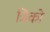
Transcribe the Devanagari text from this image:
त्रिको